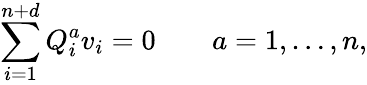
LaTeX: \sum_{i=1}^{n+d}Q_{i}^{a}v_{i}=0\qquad a=1,\ldots,n,